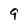
Character: 9